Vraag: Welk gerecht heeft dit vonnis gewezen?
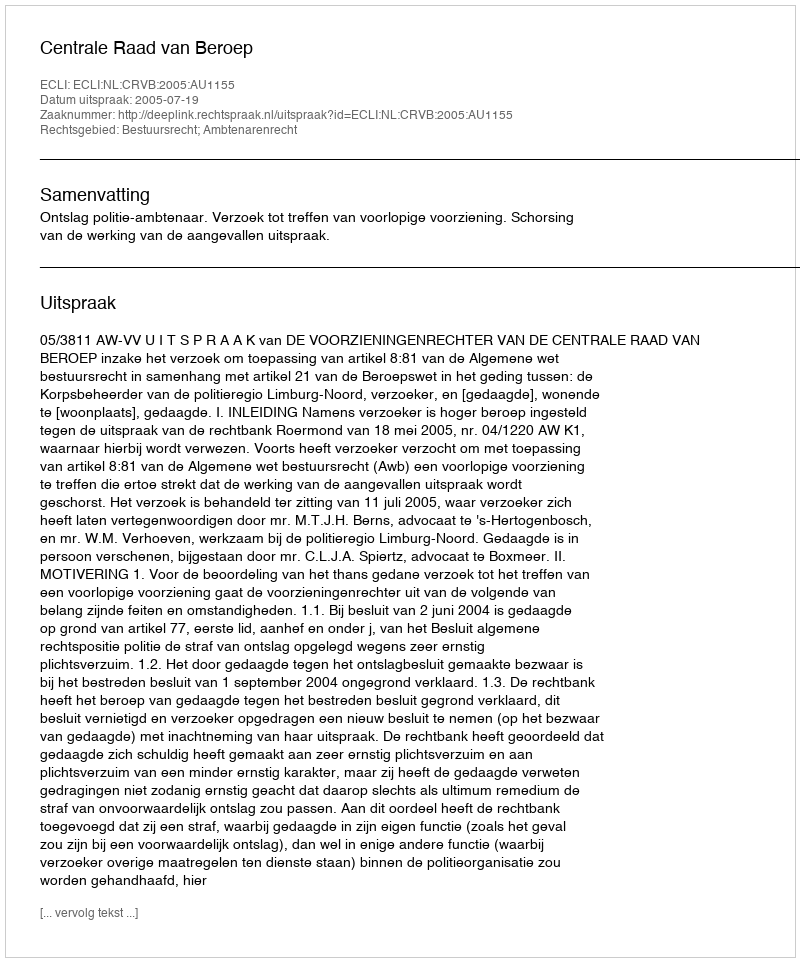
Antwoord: Centrale Raad van Beroep